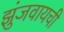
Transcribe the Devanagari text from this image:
झुंजवायची